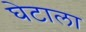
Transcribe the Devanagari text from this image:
घेटाला